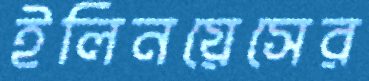
ইলিনয়েসের